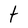
Character: t